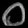
Digit: ၀